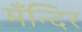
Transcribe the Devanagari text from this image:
मँन्दिर